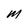
Character: M